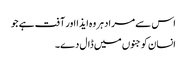
اس سے مراد ہر وہ ایذا اور آفت ہے جو
انسان کو جنوں میں ڈال دے۔